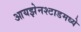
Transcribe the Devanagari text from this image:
आयझेनश्टाडमध्ये